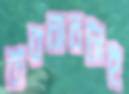
ব্যবধানটাই